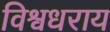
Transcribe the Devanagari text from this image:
विश्वधराय